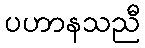
ပဟာနသညီ